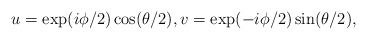
LaTeX: \begin{align*}u= \exp(i \phi/2)\cos(\theta/2), v=\exp(-i\phi/2) \sin(\theta/2),\end{align*}